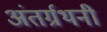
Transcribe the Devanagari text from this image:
अंतर्ग्रथनी